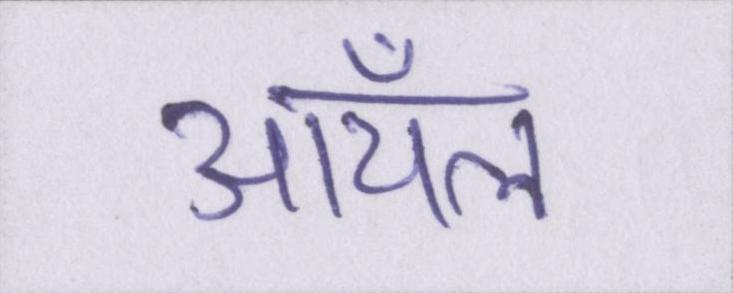
ऑयल